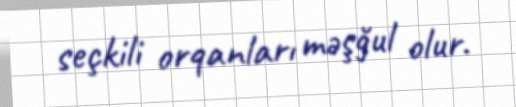
seçkili orqanları məşğul olur.